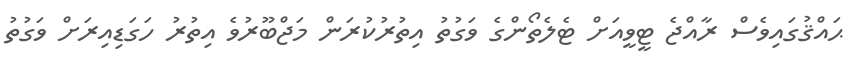
ޙައްޤުގައިވެސް ރާއްޖެ ޓީވީއަށް ޓެލެތޯންގެ ވަގުތު އިތުރުކުރަން މަޖްބޫރުވެ އިތުރު ހަގަޑިއިރަށް ވަގުތު